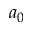
a _ { 0 }